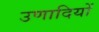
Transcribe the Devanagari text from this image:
उणादियों